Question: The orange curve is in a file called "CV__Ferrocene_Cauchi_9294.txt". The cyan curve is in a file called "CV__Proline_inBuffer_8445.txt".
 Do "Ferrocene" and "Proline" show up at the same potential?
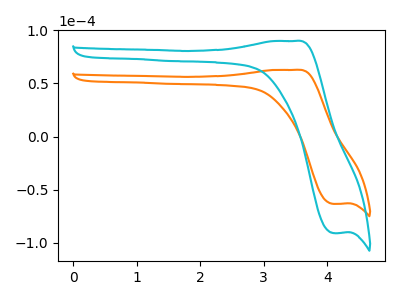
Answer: <think>The orange curve "Ferrocene" has an anodic peak at (3.50V, 62.80uA) and a cathodic peak at (4.10V, -63.45uA). The cyan curve "Proline" has an anodic peak at (3.50V, 90.00uA) and a cathodic peak at (4.10V, -90.95uA).
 All the peaks in "Ferrocene" have a peak in "Proline" at the same potential. Every peak in "Ferrocene" is lower than every peak in "Proline".</think>
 <answer>"Ferrocene" and "Proline" are similar in shape.</answer>
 <eval>same_shape</eval>